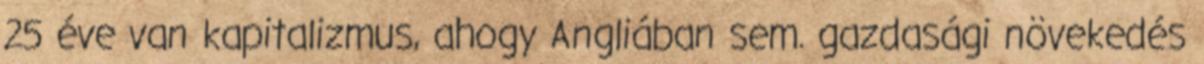
25 éve van kapitalizmus, ahogy Angliában sem. gazdasági növekedés